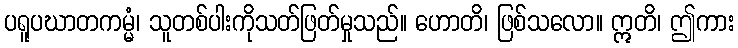
ပရူပဃာတကမ္မံ၊ သူတစ်ပါးကိုသတ်ဖြတ်မှုသည်။ ဟောတိ၊ ဖြစ်သလော။ ဣတိ၊ ဤကား